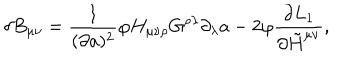
\delta B _ { \mu \nu } = { \frac { 1 } { ( \partial a ) ^ { 2 } } } \varphi H _ { \mu \nu \rho } G ^ { \rho \lambda } \partial _ { \lambda } a - 2 \varphi { \frac { \partial L _ { 1 } } { \partial \tilde { H } ^ { \mu \nu } } } ,